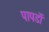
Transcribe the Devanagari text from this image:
पापडों